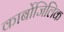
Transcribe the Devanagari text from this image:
कार्बोजिलिक